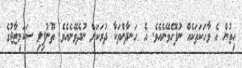
ހިތުން އެ ވާހަކަތަކެއް ނުފޮހެވޭނެއެވެ. އެ ހަނދާންތަކާ ދުރަކަށް ނުދެވޭނެއެވެ. ތޫނުފިލި ސަކަމިޒާޖުގެ